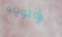
أولويتنا